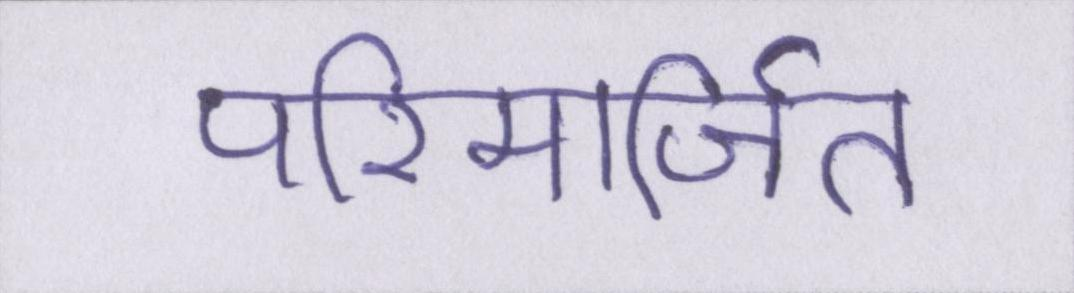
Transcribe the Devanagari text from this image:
परिमार्जित